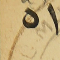
٥١